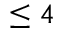
\leq 4